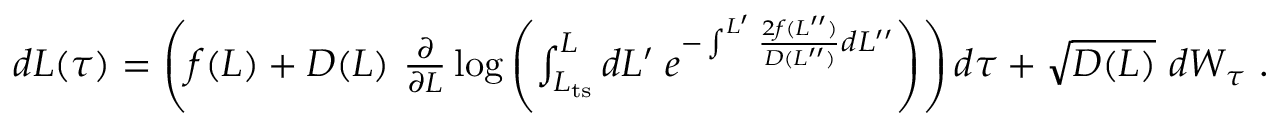
\begin{array} { r } { d L ( \tau ) = \left( f ( L ) + D ( L ) \ \frac { \partial } { \partial L } \log \left( \int _ { L _ { \mathrm { t s } } } ^ { L } d L ^ { \prime } \; e ^ { - \int ^ { L ^ { \prime } } \frac { 2 f ( L ^ { \prime \prime } ) } { D ( L ^ { \prime \prime } ) } d L ^ { \prime \prime } } \right) \right) d \tau + \sqrt { D ( L ) } \ d W _ { \tau } \ . } \end{array}